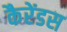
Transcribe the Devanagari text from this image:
कैरेंडस